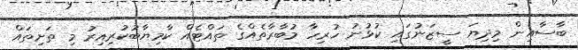
ބާސާއިން މިދިޔަ ސީޒަނުގައި ކުޅުނު ހުރިހާ މުބާރާތެއްގެ ތައްޓެއް ކާމިޔާބުކުރިއިރު މި ތަށިތައް